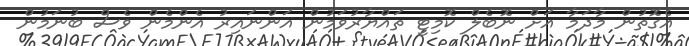
އެގޮތުން މާދަމާ އަށް ނޮބެލް ކޮމިޓީ ތައްޔާރުވަމުން އަންނައިރު އެންމެން ވެސް ބުނަމުން